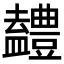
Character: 𭾖